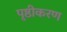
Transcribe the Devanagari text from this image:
पृष्ठीकरण